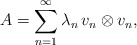
\begin{align*} A = \sum_{n=1}^\infty \lambda_n \, v_n \otimes v_n,\end{align*}